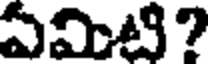
ఏమిటి?